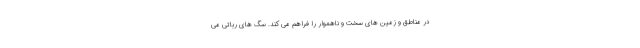
در مناطق و زمین های سخت و ناهموار را فراهم می کند. سگ های رباتی می